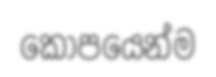
කෝපයෙන්ම